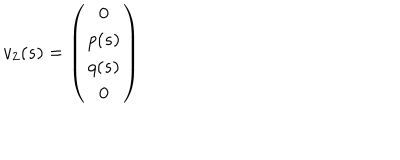
LaTeX: v _ { 2 } ( s ) = \left( \begin{array} { c } { { 0 } } \\ { { p ( s ) } } \\ { { q ( s ) } } \\ { { 0 } } \\ \end{array} \right)